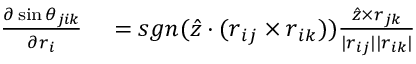
\begin{array} { r l } { \frac { \partial \sin \theta _ { j i k } } { \partial \boldsymbol { r } _ { i } } } & { { } = s g n ( \hat { z } \cdot ( \boldsymbol { r } _ { i j } \times \boldsymbol { r } _ { i k } ) ) \frac { \hat { z } \times \boldsymbol { r } _ { j k } } { | \boldsymbol { r } _ { i j } | | \boldsymbol { r } _ { i k } | } } \end{array}